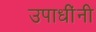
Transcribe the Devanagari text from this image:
उपाधींनी